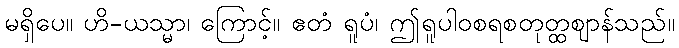
မရှိပေ။ ဟိ-ယသ္မာ၊ ကြောင့်။ ဧတံ ရူပံ၊ ဤရူပါဝစရစတုတ္ထဈာန်သည်။